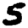
Digit: 5